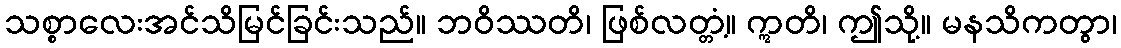
သစ္စာလေးအင်သိမြင်ခြင်းသည်။ ဘဝိဿတိ၊ ဖြစ်လတ္တံ့။ ဣတိ၊ ဤသို့။ မနသိကတွာ၊